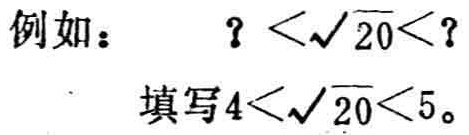
例如：
\(？<\sqrt{20}<？\)
填写\(4<\sqrt{20}<5\)。